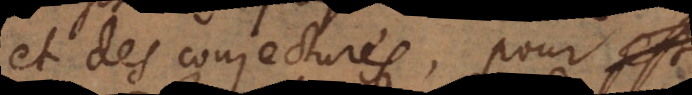
et des conjectures, pour